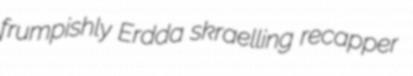
frumpishly Erdda skraelling recapper